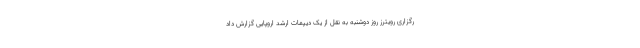
رگزاری رویترز روز دوشنبه به نقل از یک دیپمات ارشد اروپایی گزارش داد